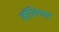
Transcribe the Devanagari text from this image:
हॉलिचा